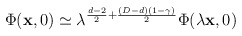
\begin{align*}\Phi({\bf x},0)\simeq \lambda^{\frac{d-2}{2}+\frac{(D-d)(1-\gamma)}{2}} \Phi(\lambda{\bf x},0)\end{align*}